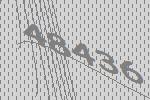
48436